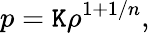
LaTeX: p=\mathtt{K}\rho^{1+1/n},